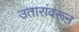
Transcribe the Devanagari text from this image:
उतारांवरून